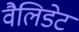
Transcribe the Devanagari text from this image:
वैलिडेट